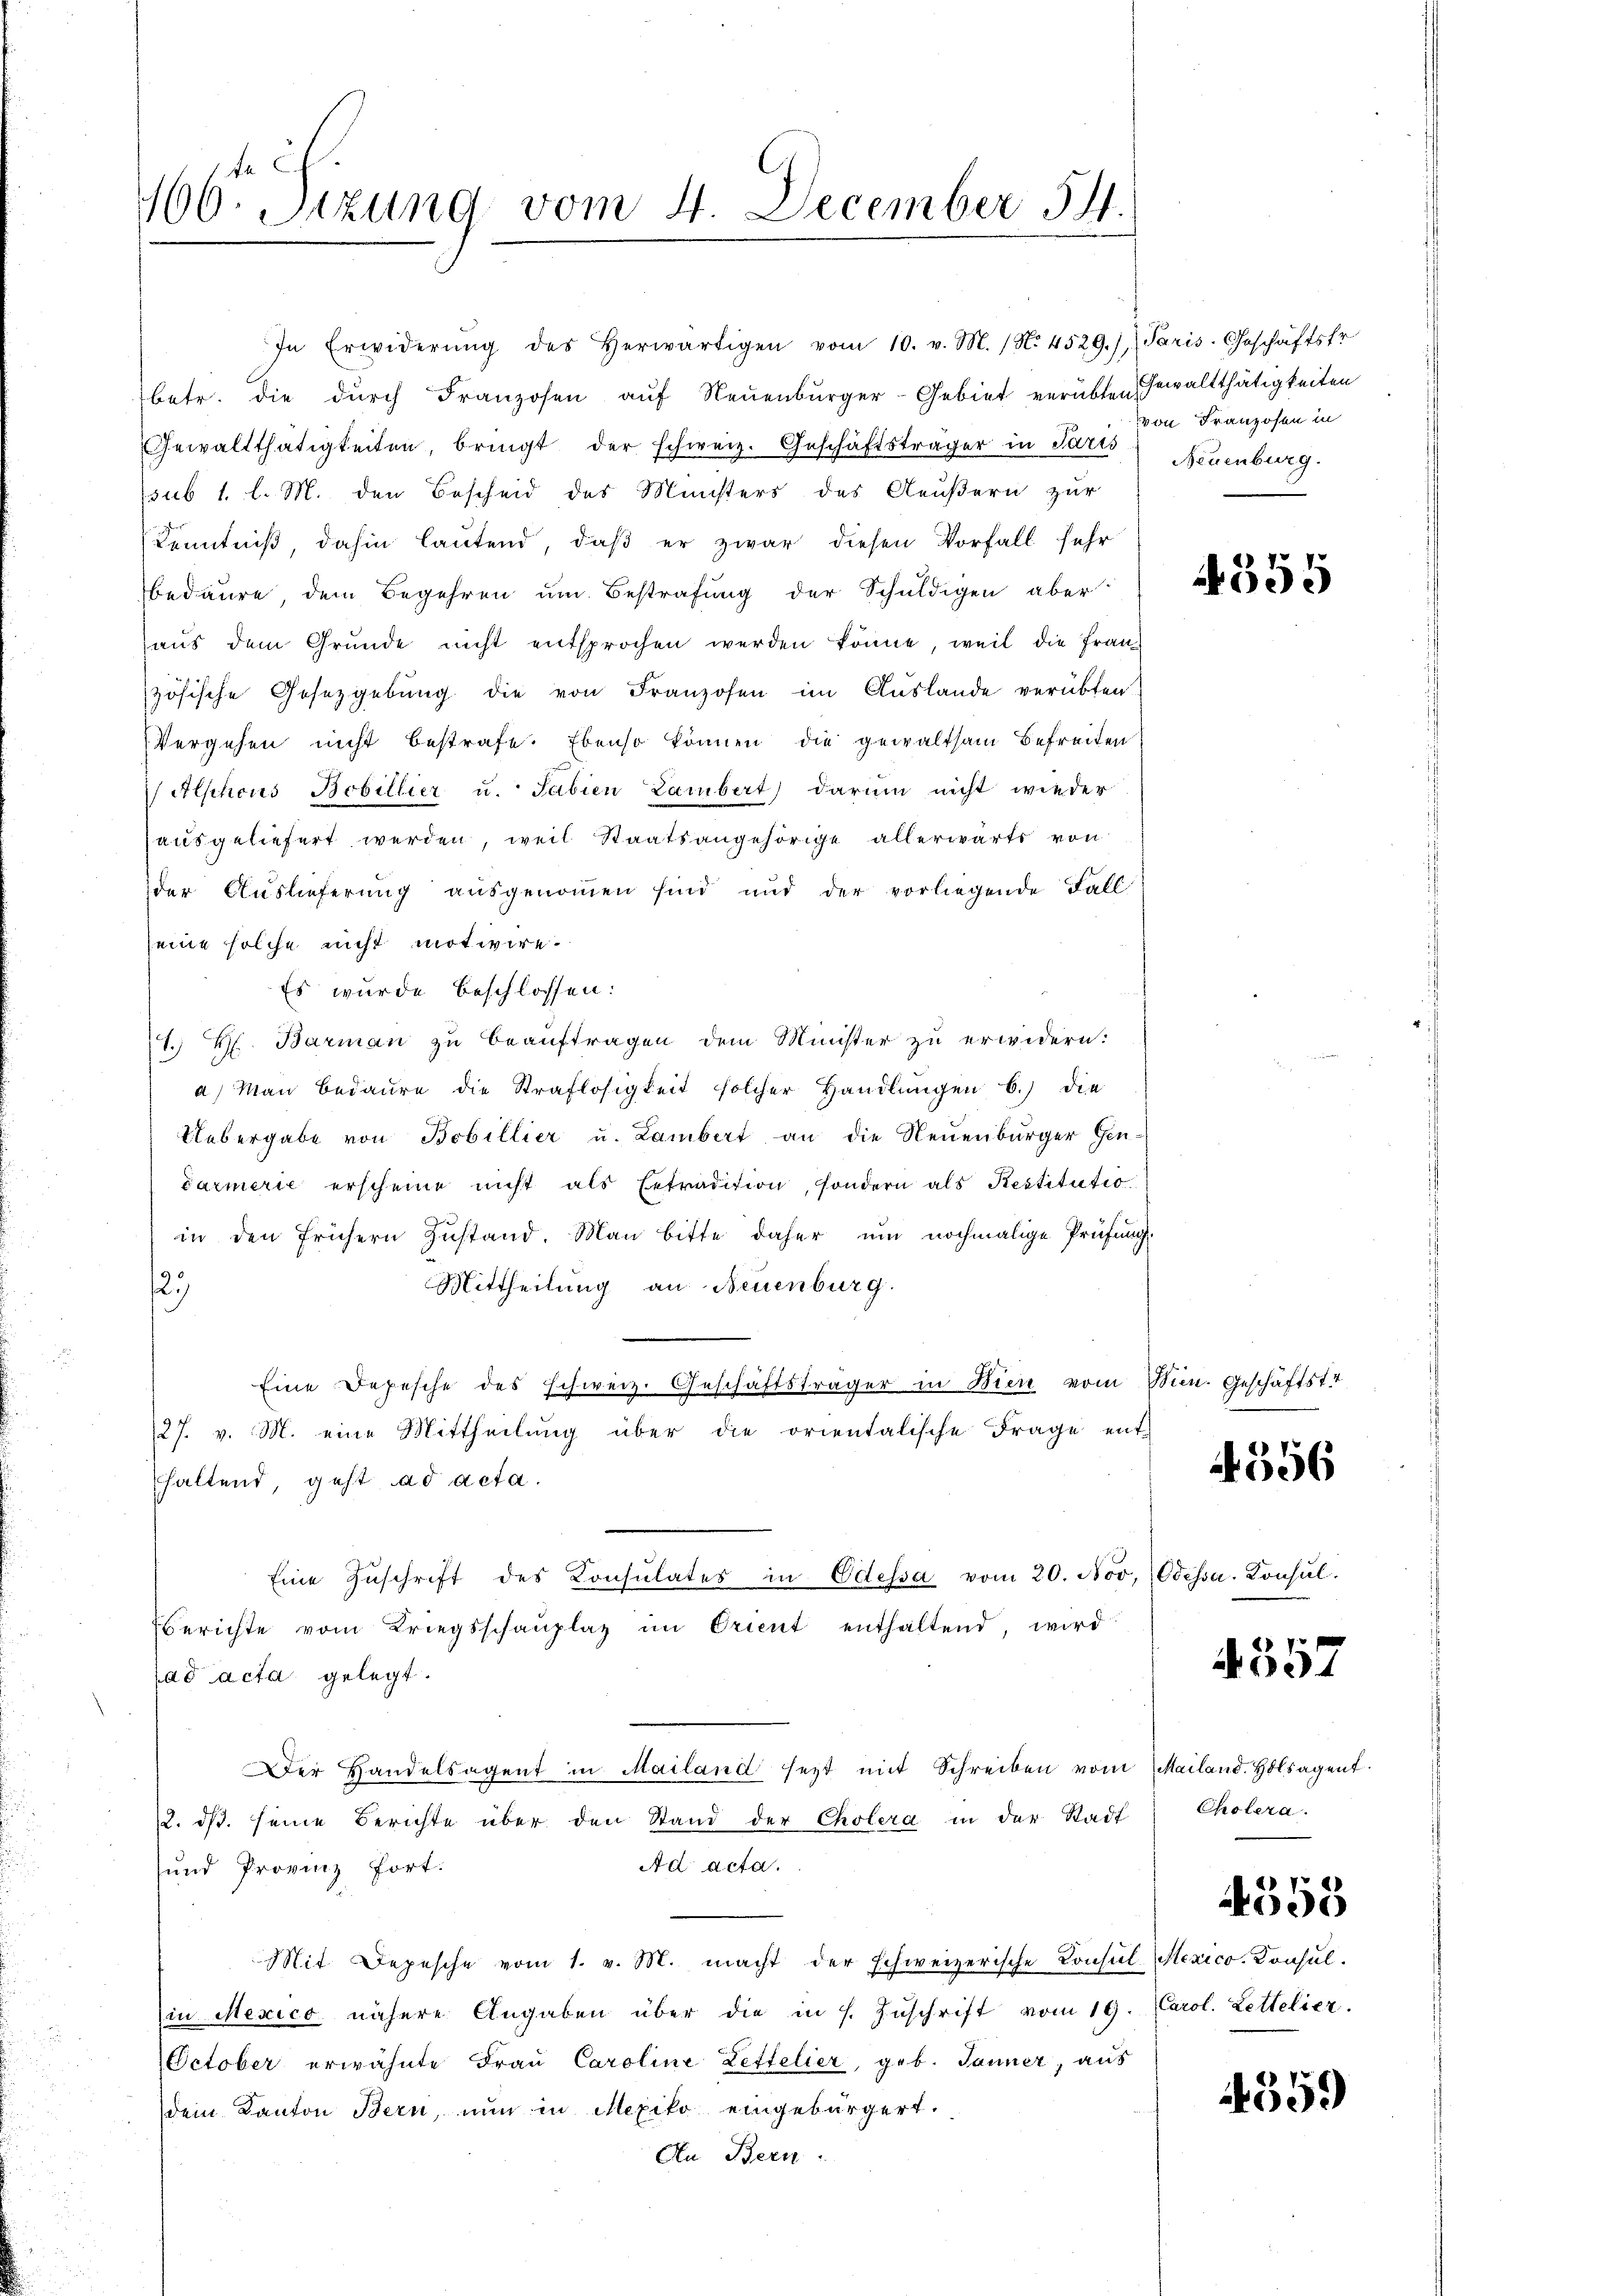
160 Sizung vom 4. December 54.

In Erwiderŭng des Herwärtigen vom 10. v. M. (N. 4529.), Paris. Geschäftsfr
betr. die dŭrch Franzosen aŭf Neuenburger-Gebiet verübten Gewaltthätigkeiten
Gewaltthätigkeiten, bringt der schweiz. Geschäftsträger in Paris Neuenburg.
sub 1. l. M. den Bescheid des Ministers des Aeußern zur
Kenntniβ, dahin lautend, daβ er zwar diesen Vorfall sehr
bedaure dem Begehren um Bestrafung der Schuldigen aber
aŭs dem Grŭnde nicht entsprochen werden könne, weil die fran-
f
zösische Gesetzgebung die von Franzosen im Auslande verübten
Vergehen nicht bestrafe. Ebenso können die gewaltsam Befreiten
Attschens Bobillier u. Tabien Lambert darum nicht wieder
ausgeliefert werden, weil Staatsangehörige allerwärts von
der Auslieferung ausgenommen sind und der vorliegende Fall
eine solche nicht motivire.
Es wurde beschlossen:
1. Hr. Barman zu beauftragen dem Minister zu erwidern:
a) Man bedaure die Straflosigkeit solcher Handlungen b.) die
Uebergabe von Bobillier u. Lambert an die Neuenburger Hen-
darmerie erscheine nicht als Extradition, sondern als Restitutio
in den frühern Zŭstand. Man bitte daher um nochmalige Prüfung
Mittheilung an Neuenburg.
2
Eine Depesche des schweiz. Geschäftsträger in Wien vom Min. Geschäftst
27. v. M. eine Mittheilŭng über die orientalische Frage ent-
haltend, geht ad acta.
Eine Zŭschrift des Konsulates in Odessa vom 20. Nov. Odessa. Konsul¬
Berichte vom Kriegsschaŭplaz im Orient enthaltend, wird
ad acta gelegt.
Der Handelsagent in Mailand sezt mit Schreiben vom Mailand. Holsagent
2. dβ. seine Berichte über den Stand der Cholera in der Stadt
Ad acta.
und Provinz fort.
Mit Depesche vom 1. v. M. macht der schweizerische Consul-Mexico. Konsulin Mexico nähere Angaben über die in s. Zŭschrift vom 19. Carol. Zettelier.
October erwähnte Frau Caroline Zettelier, geb. Jänner, aus
dem Kanton Bern, nun in Mexiko eingebürgert.
An Bern.

von Franzosen in

355

556

Cholera.
4558

4557

4359